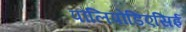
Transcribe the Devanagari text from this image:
पौलिपोडिएसिई